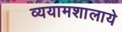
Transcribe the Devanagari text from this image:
व्ययामशालाये